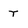
Character: r